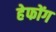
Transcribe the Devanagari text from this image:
हेफोंग